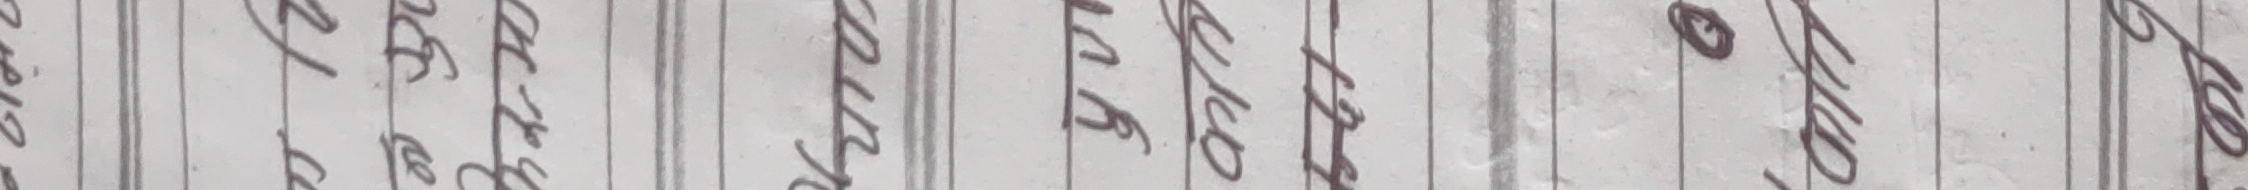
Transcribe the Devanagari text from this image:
नगद रसीद